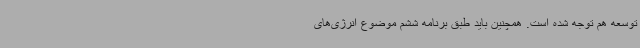
توسعه هم توجه شده است. همچنین باید طبق برنامه ششم موضوع انرژی‌های